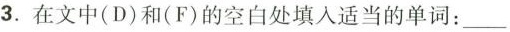
3.在文中(D)和(F)的空白处填入适当的单词:___